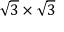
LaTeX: { \sqrt { 3 } } \times { \sqrt { 3 } }